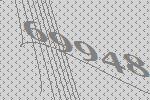
69948